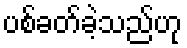
ပစ်ခတ်ခဲ့သည်ဟု